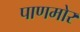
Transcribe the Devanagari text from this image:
पाणमोर